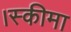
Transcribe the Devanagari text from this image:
।स्कीमा